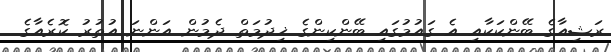
ރަޝިއާގެ ބޭންކަކާއި އެ ގައުމުގައި ބޭންކިންގެ ޚިދުމަތް ދެމުން އަންނަ އުތުރު ކޮރެއާގެ